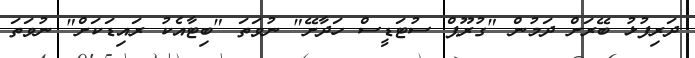
ދަރިފުޅު ބޭރަށް ދަމުން "ގުރޫޕް ސުޓަޑީސް ހަދާށޭ" ނުވަތަ "ބިޓާއެކު ރައިޑަކަށް" ނުވަތަ